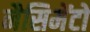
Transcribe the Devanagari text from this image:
नैसिमेंटो